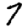
Digit: 7